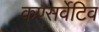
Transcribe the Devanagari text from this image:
कण्सर्वेटिव